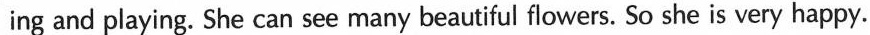
ing and playing. She can see many beautiful flowers. So she is very happy.